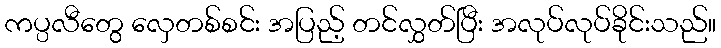
ကပ္ပလီတွေ လှေတစ်စင်း အပြည့် တင်လွှတ်ပြီး အလုပ်လုပ်ခိုင်းသည်။